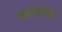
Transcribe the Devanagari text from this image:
कालोऽस्मि